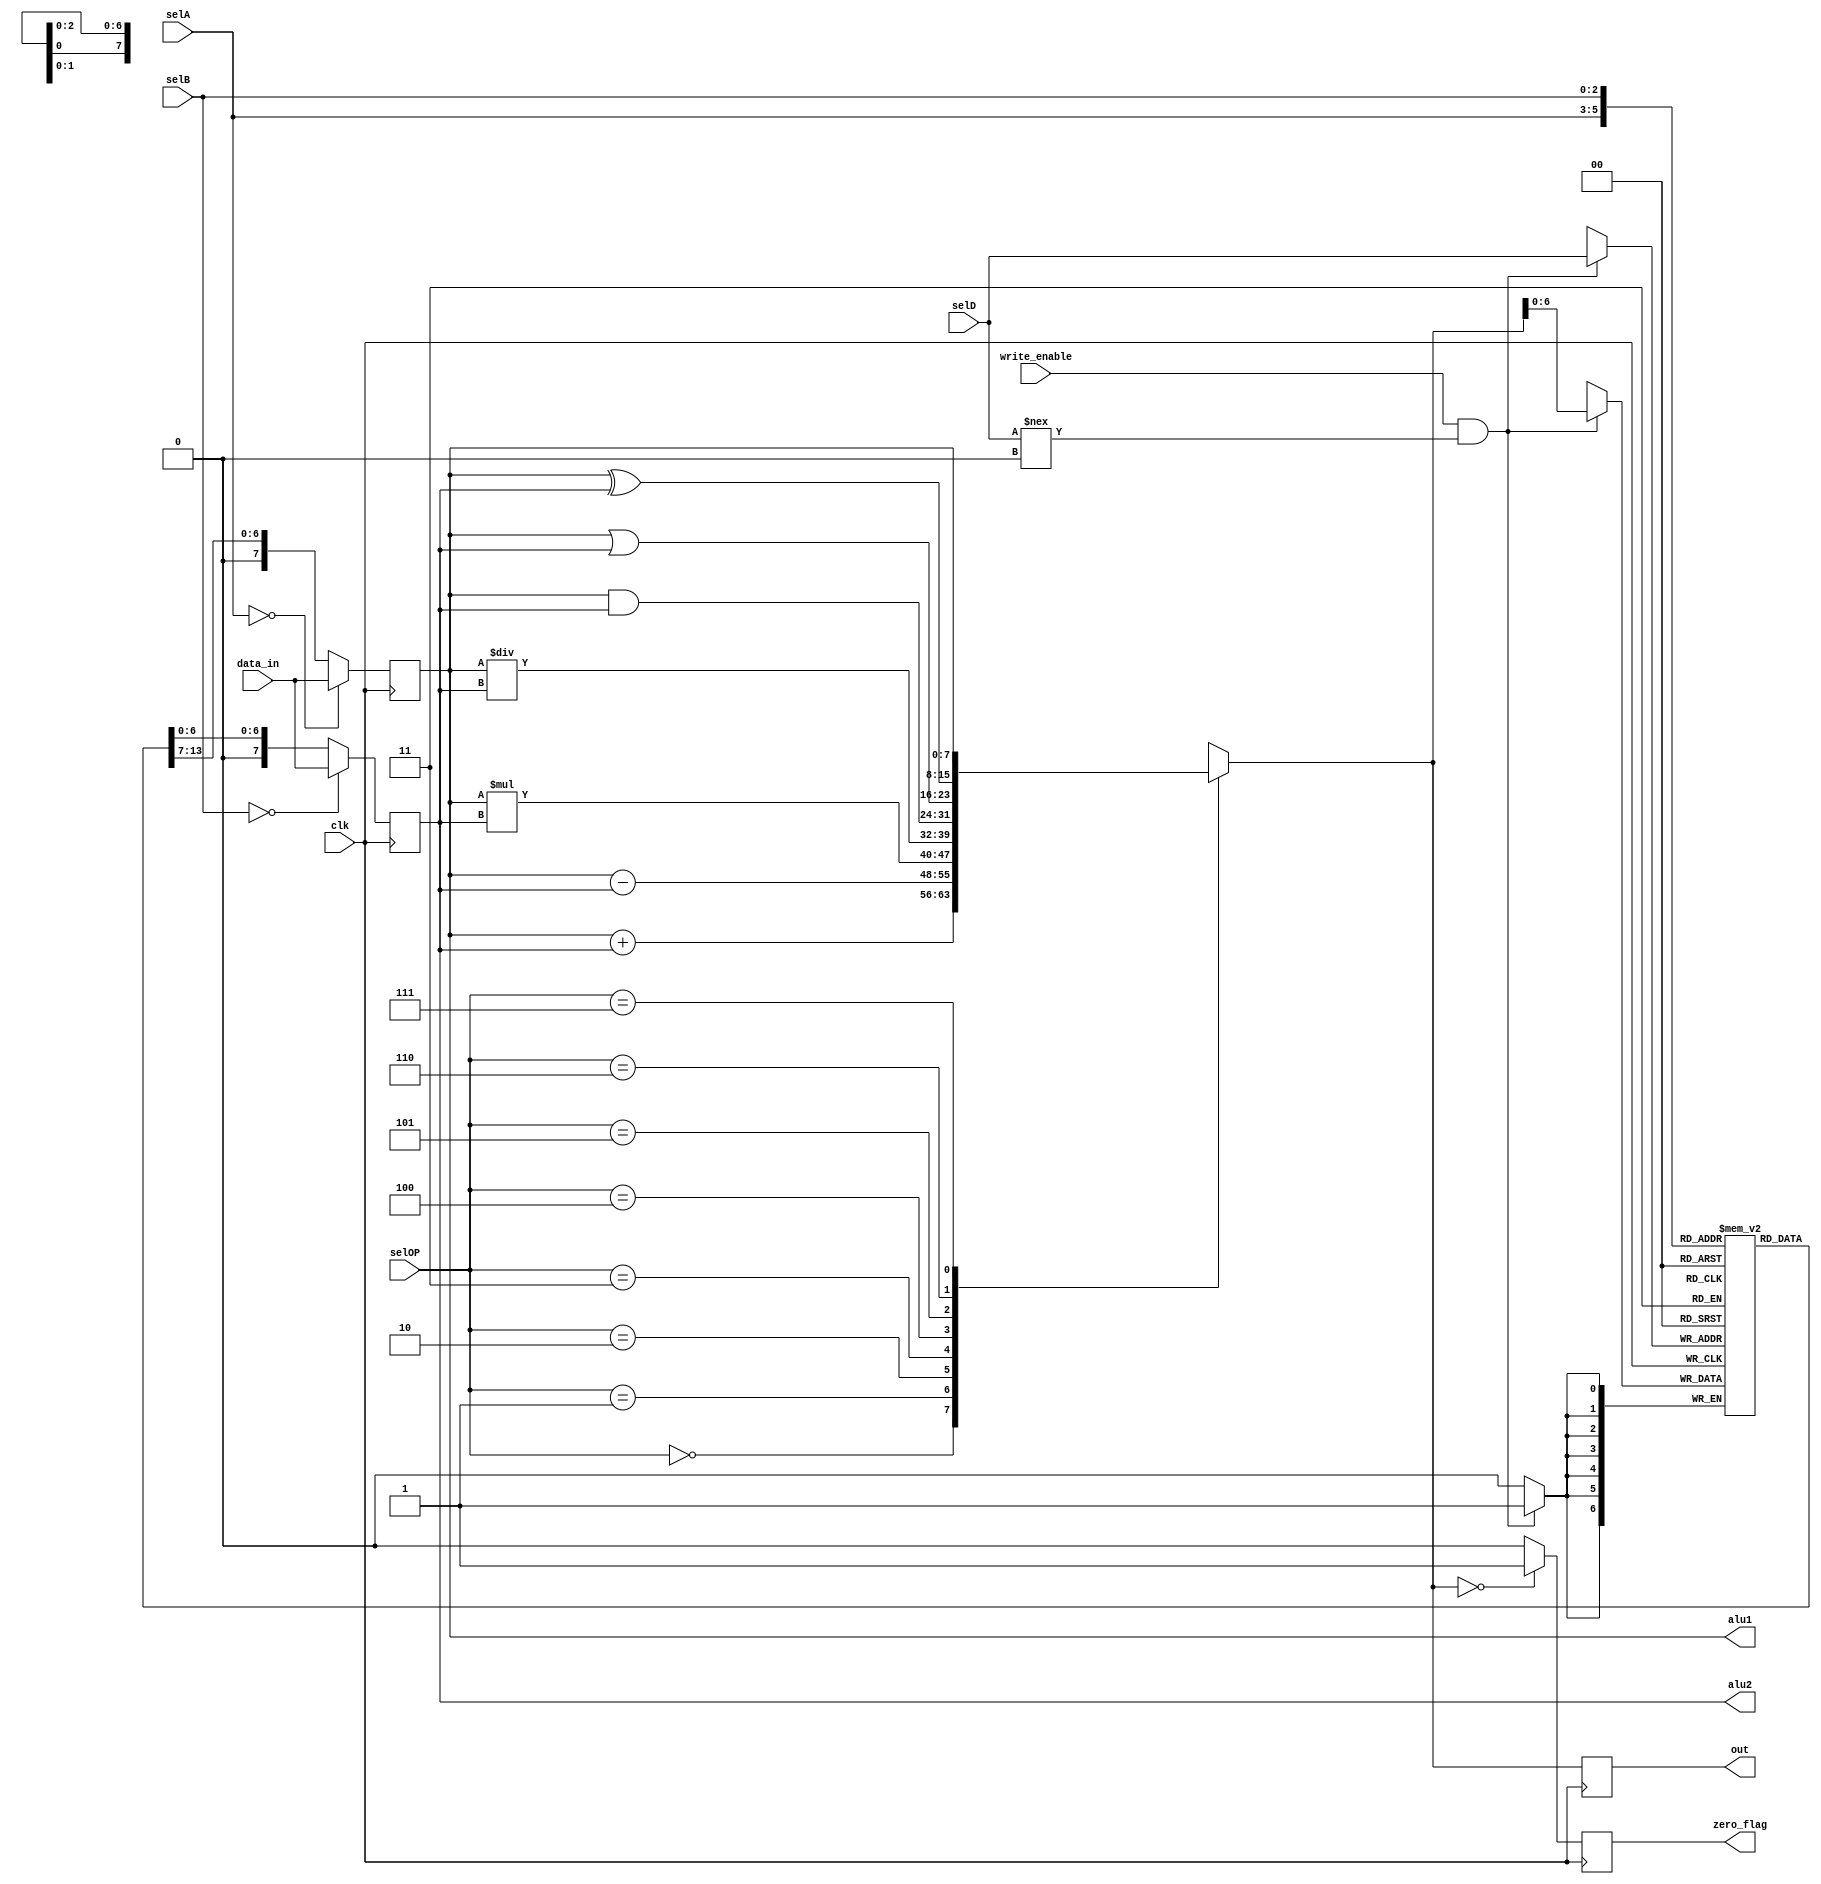
module p3(out, zero_flag, alu1, alu2, data_in, clk, write_enable, selA, selB, selD, selOP);
	output reg[7:0] out, alu1, alu2;
	output reg zero_flag;
	input clk, write_enable;
	input[7:0] data_in;
	input[2:0] selA, selB, selD, selOP;
	reg [7:1] register[7:0];

	initial
	begin
		register[1]=8'h00;
		register[2]=8'h00;
		register[3]=8'h00;
		register[4]=8'h00;
		register[5]=8'h00;
		register[6]=8'h00;
		register[7]=8'h00;
	end
	
	always @(posedge clk)
	begin
		if(selA==0)
		alu1 <=data_in;
		else
		alu1 <=register[selA];
		if(selB==0)
		alu2 <=data_in;
		else
		alu2 <=register[selB];
		case(selOP)
			3'b000 : out=alu1+alu2;
			3'b001 : out=alu1-alu2;
			3'b010 : out=alu1*alu2;
			3'b011 : out=alu1/alu2;
			3'b100 : out=alu1&alu2;
			3'b101 : out=alu1|alu2;
			3'b110 : out=alu1^alu2;
			3'b111 : out=alu1;
		endcase
		if(write_enable && selD!==0)
			register[selD]<=out;
		if(out==0)
			zero_flag <=1;
		else
			zero_flag <=0;
	end
endmodule